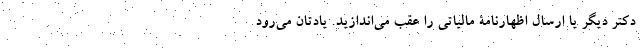
دکتر دیگر یا ارسال اظهارنامۀ مالیاتی را عقب می‌اندازید. یادتان می‌رود